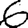
Digit: 6